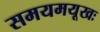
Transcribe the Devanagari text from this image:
समयमयूखः